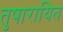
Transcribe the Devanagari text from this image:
तुषारायित